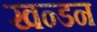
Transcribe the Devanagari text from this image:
खन्डन